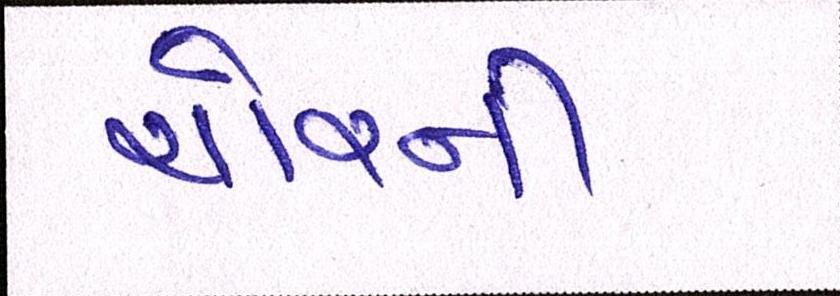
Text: ચોરની